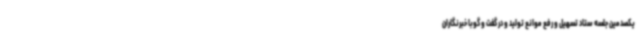
یکصدمین جلسه ستاد تسهیل و رفع موانع تولید و در گفت و گوبا خبرنگاران